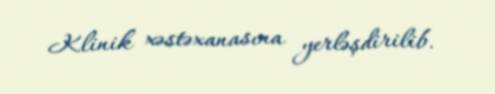
Klinik xəstəxanasına yerləşdirilib.